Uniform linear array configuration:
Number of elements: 16
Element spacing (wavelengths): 0.75
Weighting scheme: binomial
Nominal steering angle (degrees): -15
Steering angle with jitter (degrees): -14.241
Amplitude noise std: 0.05
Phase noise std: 0.05

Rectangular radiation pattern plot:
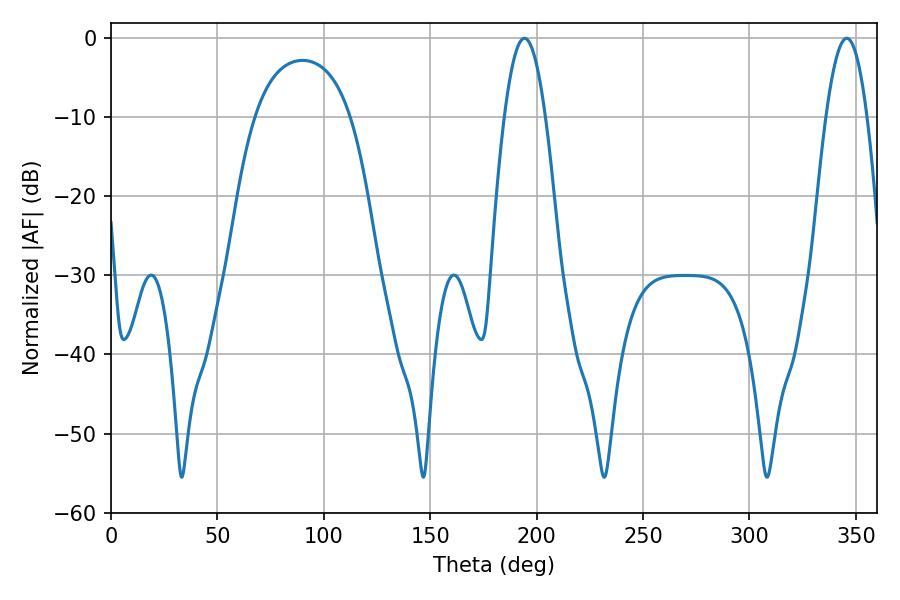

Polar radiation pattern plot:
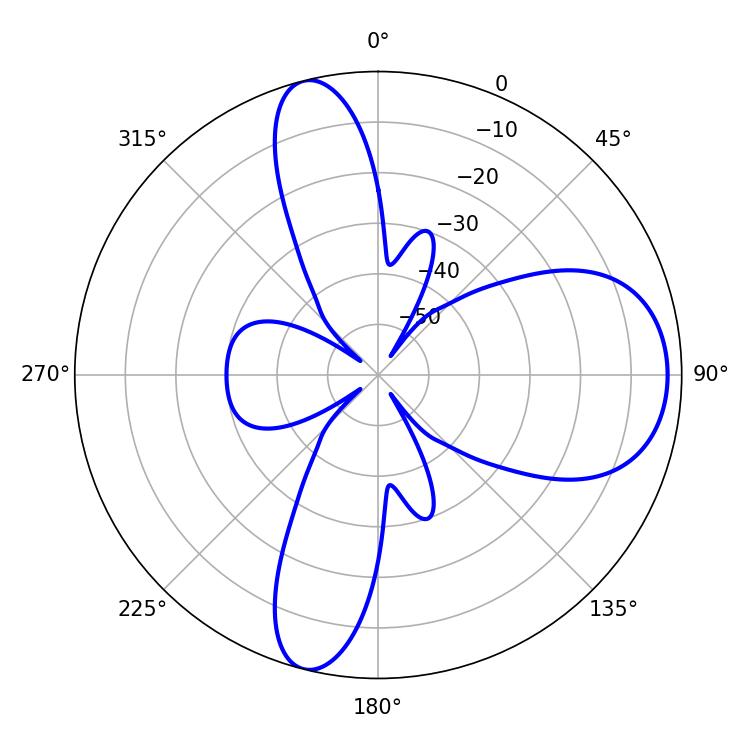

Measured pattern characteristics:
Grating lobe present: TRUE
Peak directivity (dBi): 10.266
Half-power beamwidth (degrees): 10.62
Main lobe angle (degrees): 194.22